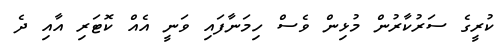
ކުރީގެ ސަރުކާރުން މުޅިން ވެސް ހިމަނާފައި ވަނީ އެއް ކޮޓަރި އާއި ދެ